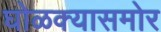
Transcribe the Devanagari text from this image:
घोळक्यासमोर